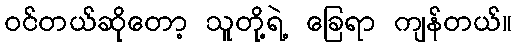
ဝင်တယ်ဆိုတော့ သူတို့ရဲ့ ခြေရာ ကျန်တယ်။